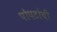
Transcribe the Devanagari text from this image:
पोपटांची